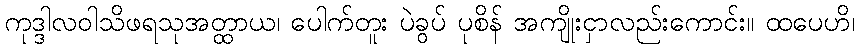
ကုဒ္ဒါလဝါသိဖရသုအတ္ထာယ၊ ပေါက်တူး ပဲခွပ် ပုစိန် အကျိုးငှာလည်းကောင်း။ ထပေဟိ၊